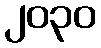
၂၀၃၀